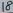
Text: 18